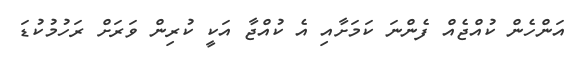
އަންހެން ކުއްޖެއް ފެންނަ ކަމަށާއި އެ ކުއްޖާ އަކީ ކުރިން ވަރަށް ރަހުމުކުޑަ